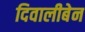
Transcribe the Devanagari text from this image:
दिवालीबेन